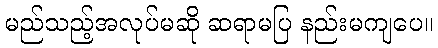
မည်သည့်အလုပ်မဆို ဆရာမပြ နည်းမကျပေ။